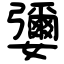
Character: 㜷